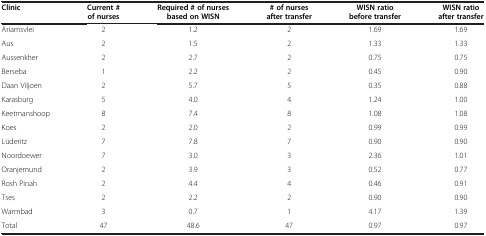
<table><thead><tr><td><b>Clinic</b></td><td><b>Current # of nurses</b></td><td><b>Required # of nurses based on WISN</b></td><td><b># of nurses after transfer</b></td><td><b>WISN ratio before transfer</b></td><td><b>WISN ratio after transfer</b></td></tr></thead><tbody><tr><td>Ariamsvlei</td><td>2</td><td>1.2</td><td>2</td><td>1.69</td><td>1.69</td></tr><tr><td>Aus</td><td>2</td><td>1.5</td><td>2</td><td>1.33</td><td>1.33</td></tr><tr><td>Aussenkher</td><td>2</td><td>2.7</td><td>2</td><td>0.75</td><td>0.75</td></tr><tr><td>Berseba</td><td>1</td><td>2.2</td><td>2</td><td>0.45</td><td>0.90</td></tr><tr><td>Daan Viljoen</td><td>2</td><td>5.7</td><td>5</td><td>0.35</td><td>0.88</td></tr><tr><td>Karasburg</td><td>5</td><td>4.0</td><td>4</td><td>1.24</td><td>1.00</td></tr><tr><td>Keetmanshoop</td><td>8</td><td>7.4</td><td>8</td><td>1.08</td><td>1.08</td></tr><tr><td>Koes</td><td>2</td><td>2.0</td><td>2</td><td>0.99</td><td>0.99</td></tr><tr><td>Lüderitz</td><td>7</td><td>7.8</td><td>7</td><td>0.90</td><td>0.90</td></tr><tr><td>Noordoewer</td><td>7</td><td>3.0</td><td>3</td><td>2.36</td><td>1.01</td></tr><tr><td>Oranjemund</td><td>2</td><td>3.9</td><td>3</td><td>0.52</td><td>0.77</td></tr><tr><td>Rosh Pinah</td><td>2</td><td>4.4</td><td>4</td><td>0.46</td><td>0.91</td></tr><tr><td>Tses</td><td>2</td><td>2.2</td><td>2</td><td>0.90</td><td>0.90</td></tr><tr><td>Warmbad</td><td>3</td><td>0.7</td><td>1</td><td>4.17</td><td>1.39</td></tr><tr><td>Total</td><td>47</td><td>48.6</td><td>47</td><td>0.97</td><td>0.97</td></tr></tbody></table>